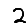
Digit: 2